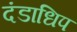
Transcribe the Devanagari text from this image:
दंडाधिप